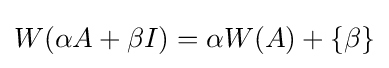
W(\alpha A+\beta I)=\alpha W(A)+\{\beta \}